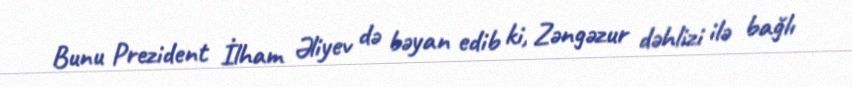
Bunu Prezident İlham Əliyev də bəyan edib ki, Zəngəzur dəhlizi ilə bağlı